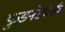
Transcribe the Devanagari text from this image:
फुडनेटवर्क